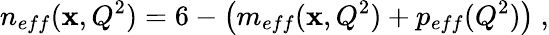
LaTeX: n_{eff}(\mathbf{x},Q^{2})=6-\left(m_{eff}(\mathbf{x},Q^{2})+p_{eff}(Q^{2})\right)\ ,